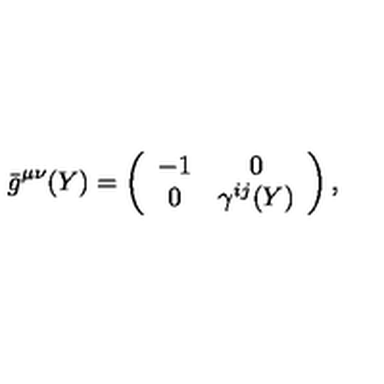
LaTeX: { } \bar { g } ^ { \mu \nu } ( Y ) = \left( \begin{array} { c c } { - 1 } & { 0 } \\ { 0 } & { \gamma ^ { i j } ( Y ) } \\ \end{array} \right) ,